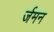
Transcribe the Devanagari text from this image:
र्जमन